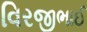
વિરજીભાઈ